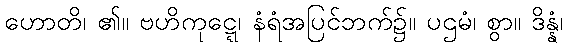
ဟောတိ၊ ၏။ ဗဟိကုဋ္ဋေ၊ နံရံအပြင်ဘက်၌။ ပဌမံ၊ စွာ။ ဒိန္နံ၊